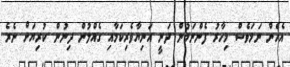
އެހެން ނަމަވެސް މިހާރު ފެންނަމުން ދަނީ އަނިޔާވެރިކަމާއި ގެއްލުން ދިނުން ކުރިޔަށް ނެރެ